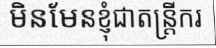
មិនមែនខ្ញុំជាតន្ត្រីករ